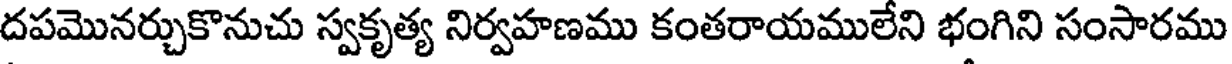
దపమొనర్చుకొనుచు స్వకృత్య నిర్వహణము కంతరాయములేని భంగిని సంసారము